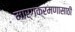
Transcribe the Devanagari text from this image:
मार्गक्रमणासाठी